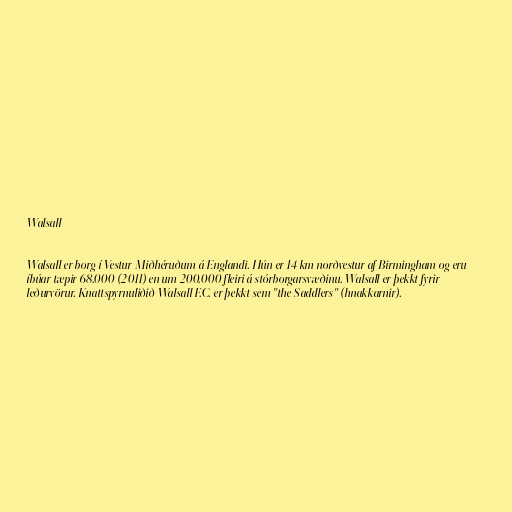
Walsall

Walsall er borg í Vestur-Miðhéruðum á Englandi. Hún er 14 km norðvestur af Birmingham og eru
íbúar tæpir 68.000 (2011) en um 200.000 fleiri á stórborgarsvæðinu. Walsall er þekkt fyrir
leðurvörur. Knattspyrnuliðið Walsall F.C. er þekkt sem "the Saddlers" (hnakkarnir).